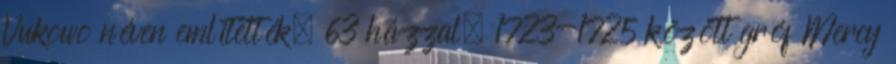
Vukowo néven említették, 63 házzal, 1723-1725 között gróf Mercy